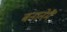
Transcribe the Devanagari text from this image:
बनानेमैं